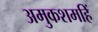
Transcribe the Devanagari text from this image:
अमुकशमहिं